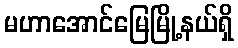
မဟာအောင်မြေမြို့နယ်ရှိ